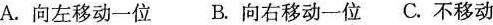
A. 向左移动一位 B. 向右移动一位 C. 不移动